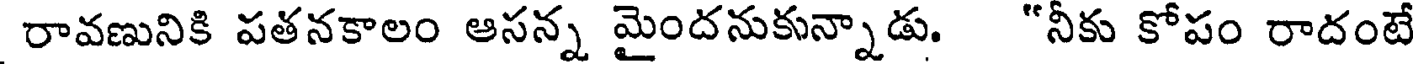
రావణునికి పతనకాలం ఆసన్న మైందనుకున్నాడు. "నీకు కోపం రాదంటే